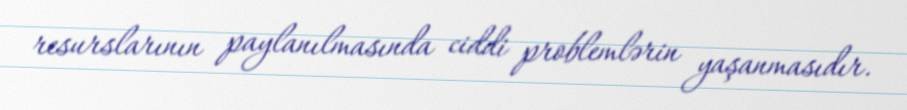
resurslarının paylanılmasında ciddi problemlərin yaşanmasıdır.